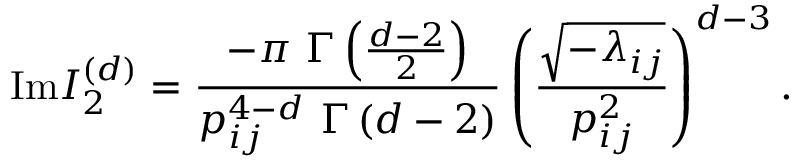
\mathrm { I m } I _ { 2 } ^ { ( d ) } = \frac { - \pi ~ \Gamma \left( \frac { d - 2 } { 2 } \right) } { p _ { i j } ^ { 4 - d } ~ \Gamma \left( d - 2 \right) } \left( \frac { \sqrt { - \lambda _ { i j } } } { p _ { i j } ^ { 2 } } \right) ^ { d - 3 } .